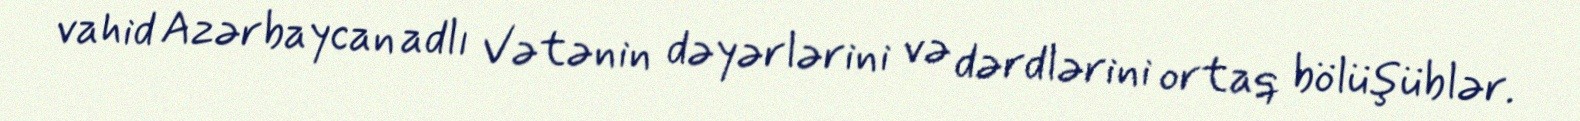
vahid Azərbaycan adlı Vətənin dəyərlərini və dərdlərini ortaq bölüşüblər.